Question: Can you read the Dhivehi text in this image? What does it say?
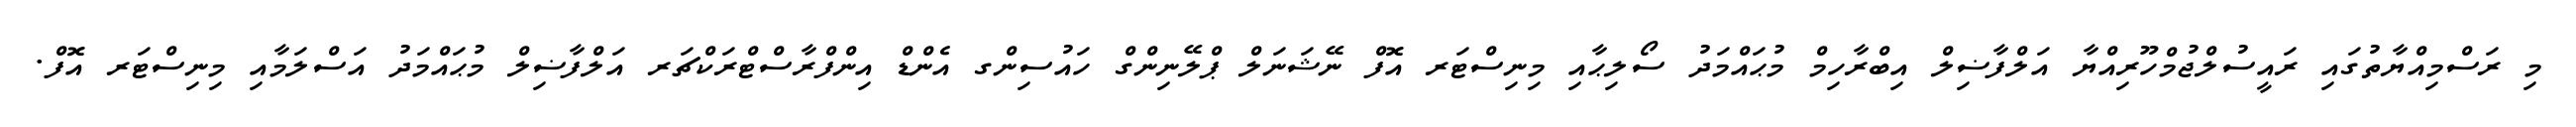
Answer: މި ރަސްމިއްޔާތުގައި ރައީސުލްޖުމްހޫރިއްޔާ އަލްފާޟިލް އިބްރާހިމް މުޙައްމަދު ސޯލިޙާއި މިނިސްޓަރ އޮފް ނޭޝަނަލް ޕްލޭނިންގް ހައުސިންގ އެންޑް އިންފްރާސްޓްރަކްޗަރ އަލްފާޟިލް މުޙައްމަދު އަސްލަމާއި މިނިސްޓަރ އޮފް.